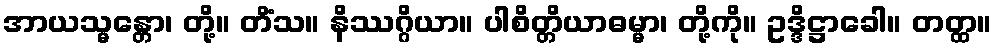
အာယသ္မန္တော၊ တို့။ တိံသ။ နိဿဂ္ဂိယာ။ ပါစိတ္တိယာဓမ္မာ၊ တို့ကို။ ဥဒ္ဒိဋ္ဌာခေါ။ တတ္ထ။